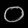
Digit: ၀